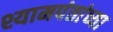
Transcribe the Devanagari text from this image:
श्यामपंतांच्या